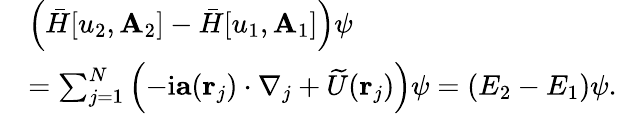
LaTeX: \begin{array}{rl}&{\left(\bar{H}[u_{2},\mathbf{A}_{2}]-\bar{H}[u_{1},\mathbf{A}_{1}]\right)\psi}\\ &{=\sum_{j=1}^{N}\left(-\mathrm{i}\mathbf{a}(\mathbf{r}_{j})\cdot\nabla_{j}+\widetilde{U}(\mathbf{r}_{j})\right)\psi=(E_{2}-E_{1})\psi.}\end{array}